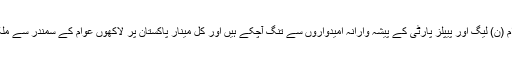
انہوں نے کہاکہ پاکستان کے عوام (ن) لیگ اور پیپلز پارٹی کے پیشہ وارانہ امیدواروں سے تنگ آچکے ہیں اور کل مینار پاکستان پر لاکھوں عوام کے سمندر سے ملک میں تبدیلی کابگل بج جائے گا۔